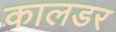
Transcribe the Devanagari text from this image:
कालडर